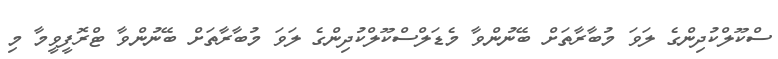
ސްކޫލްކުދިންގެ ލަވަ މުބާރާތަށް ބޭނުންވާ މެޑަލްސްކޫލްކުދިންގެ ލަވަ މުބާރާތަށް ބޭނުންވާ ޓްރޮފީވީމާ މި